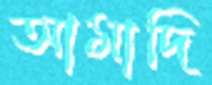
আমাদি